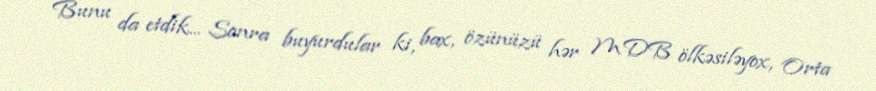
Bunu da etdik... Sonra buyurdular ki, bax, özünüzü hər MDB ölkəsiləyox, Orta